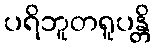
ပရိဘူတရူပန္တိ